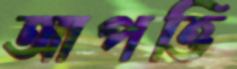
আপত্তি